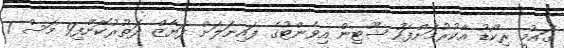
ގައުމީ ރިކޯޑު އާކުރުމަށްފަހު ޝޫޓިން އިވެންޓުގެ ފައިނަލަށް ފަޔާޒް ދަތުރުކޮށްފި9 މަސް 1